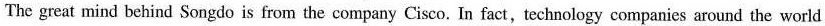
The great mind behind Songdo is from the company Cisco. In fact,technology companies around the world